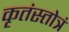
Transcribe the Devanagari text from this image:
कृतंस्तोत्रं